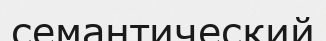
семантический